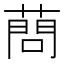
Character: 蔄